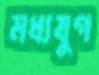
মধ্যযুগ